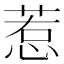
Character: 惹